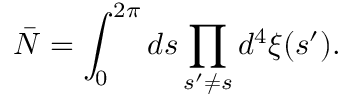
\bar { N } = \int _ { 0 } ^ { 2 \pi } d s \prod _ { s ^ { \prime } \neq s } d ^ { 4 } \xi ( s ^ { \prime } ) .